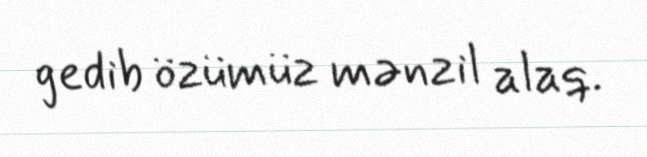
gedib özümüz mənzil alaq.